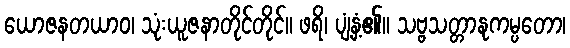
ယောဇနတယာဝ၊ သုံးယူဇနာတိုင်တိုင်။ ဖရိ၊ ပျံ့နှံ့၏။ သဗ္ဗသတ္တာနုကမ္ပတော၊